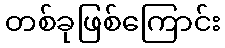
တစ်ခုဖြစ်ကြောင်း